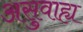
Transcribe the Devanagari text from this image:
असुवाह्य